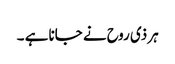
ہر ذی روح نے جانا ہے ۔